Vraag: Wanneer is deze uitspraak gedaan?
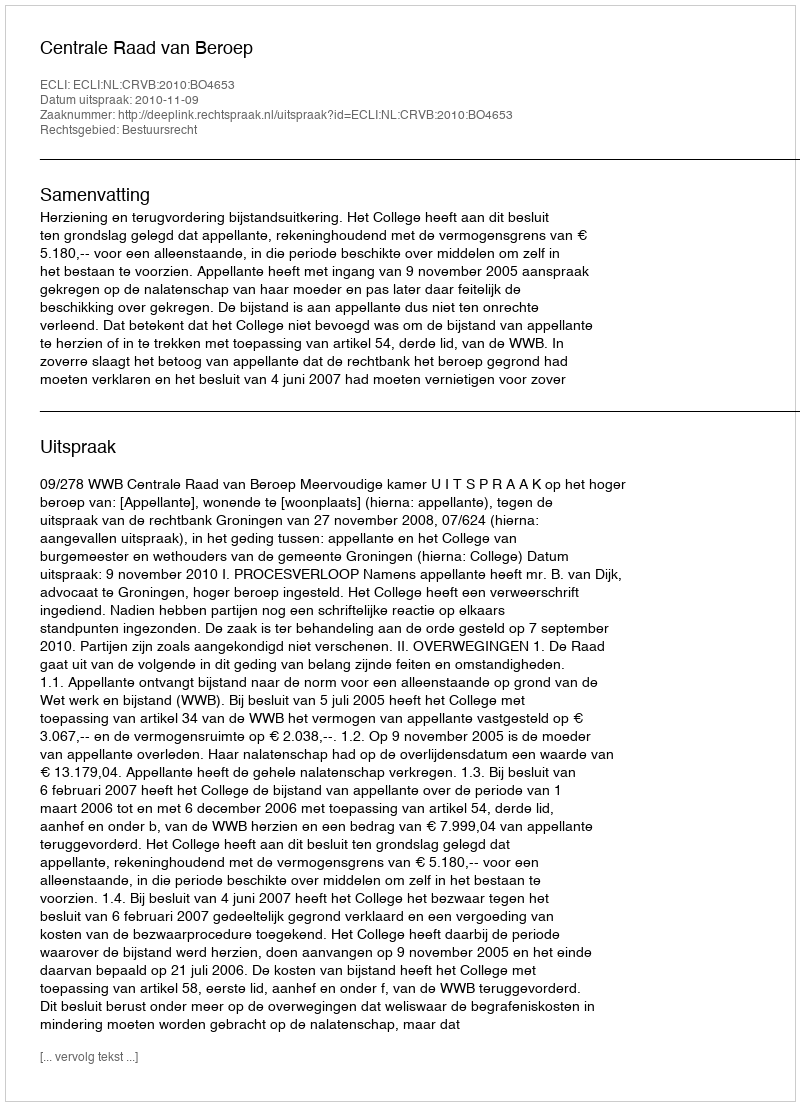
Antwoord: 2010-11-09